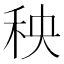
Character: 秧